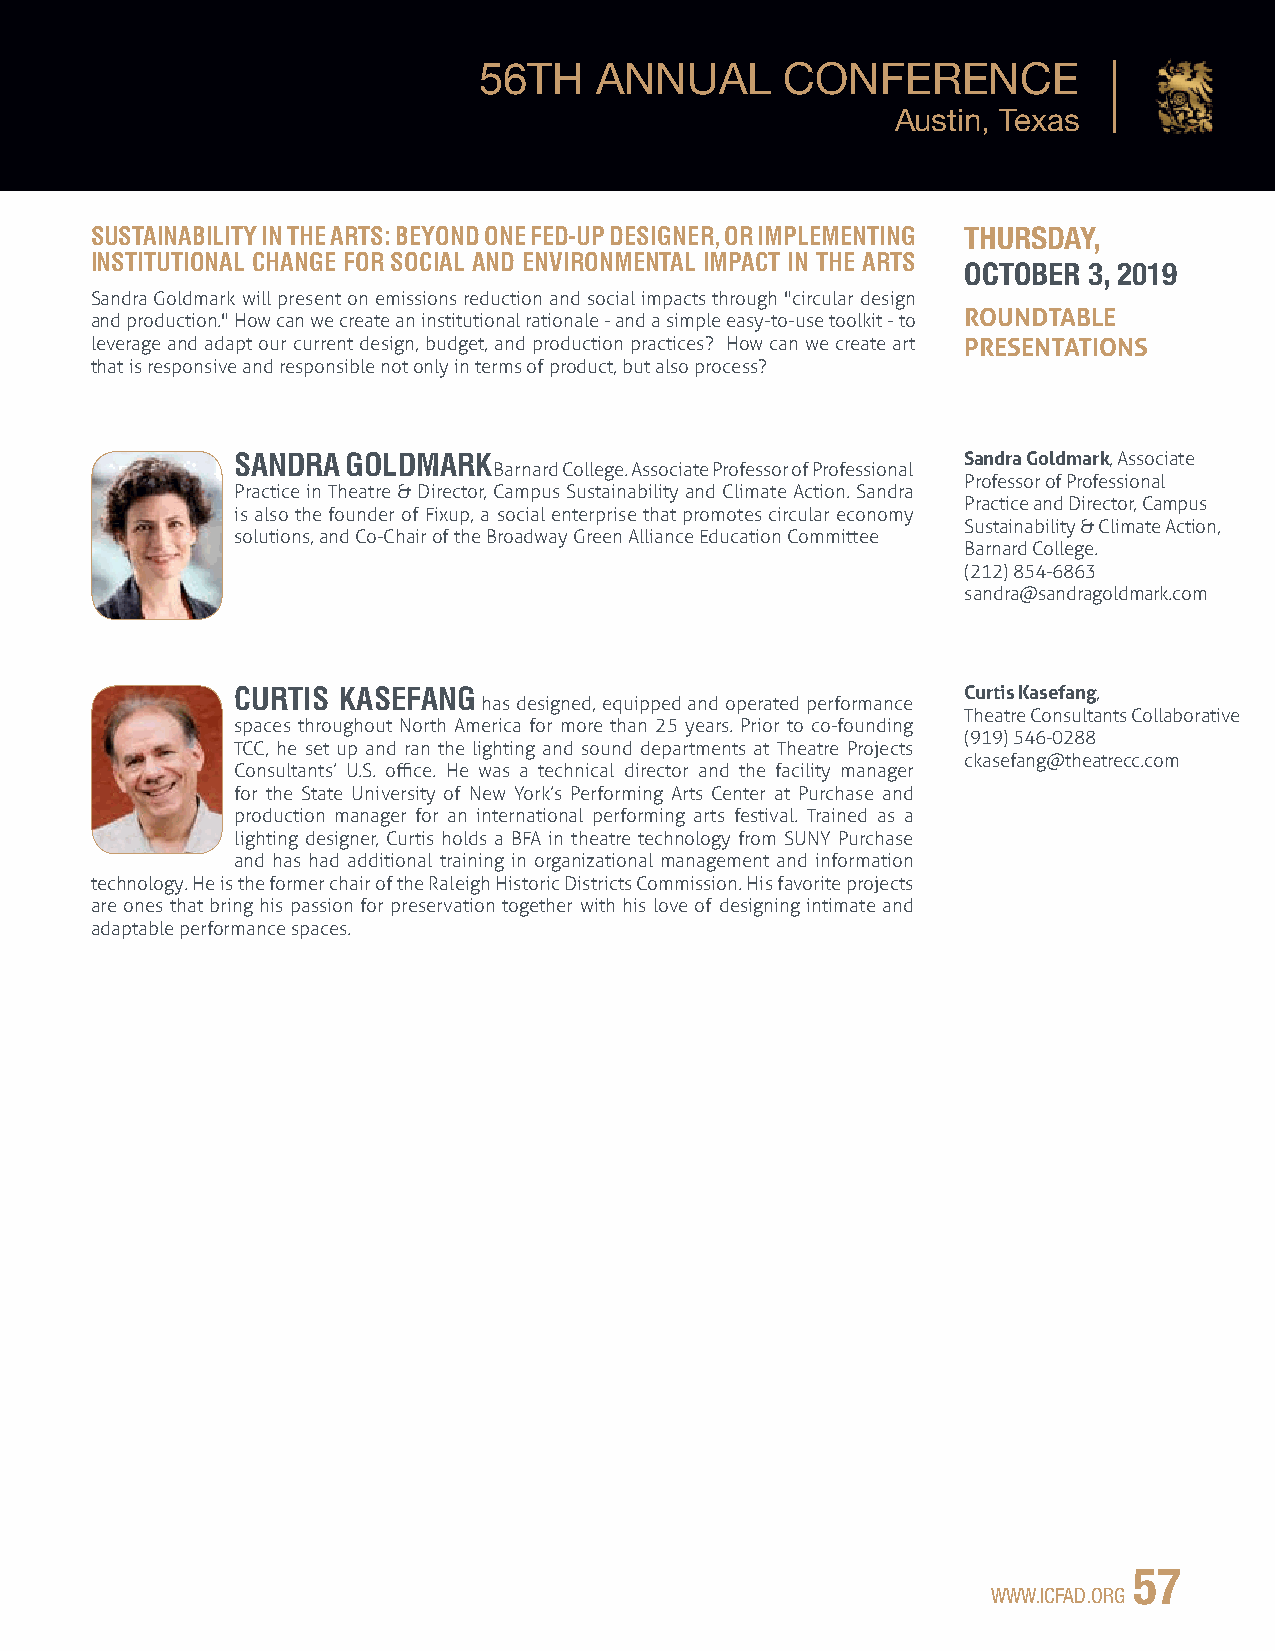
56TH   ANNUAL       CONFERENCE
 Austin, Texas
 SUSTAINABILITY IN THE ARTS: BEYOND ONE FED-UP DESIGNER, OR IMPLEMENTING THURSDAY,
 INSTITUTIONAL CHANGE FOR SOCIAL AND ENVIRONMENTAL IMPACT IN THE ARTS
 OCTOBER 3, 2019
 Sandra Goldmark will present on emissions reduction and social impacts through "circular design
 ROUNDTABLE
 and production." How can we create an institutional rationale - and a simple easy-to-use toolkit - to
 leverage and adapt our current design, budget, and production practices? How can we create art PRESENTATIONS
 that is responsive and responsible not only in terms of product, but also process?
 SANDRA GOLDMARK                                 Sandra Goldmark, Associate
 Barnard College. Associate Professor of Professional
 Professor of Professional
 Practice in Theatre & Director, Campus Sustainability and Climate Action. Sandra
 Practice and Director, Campus
 is also the founder of Fixup, a social enterprise that promotes circular economy
 Sustainability & Climate Action,
 solutions, and Co-Chair of the Broadway Green Alliance Education Committee
 Barnard College.
 (212) 854-6863
 sandra@sandragoldmark.com
 CURTIS KASEFANG                                 Curtis Kasefang,
 has designed, equipped and operated performance
 Theatre Consultants Collaborative
 spaces throughout North America for more than 25 years. Prior to co-founding
 (919) 546-0288
 TCC, he set up and ran the lighting and sound departments at Theatre Projects
 ckasefang@theatrecc.com
 Consultants’ U.S. office. He was a technical director and the facility manager
 for the State University of New York’s Performing Arts Center at Purchase and
 production manager for an international performing arts festival. Trained as a
 lighting designer, Curtis holds a BFA in theatre technology from SUNY Purchase
 and has had additional training in organizational management and information
 technology. He is the former chair of the Raleigh Historic Districts Commission. His favorite projects
 are ones that bring his passion for preservation together with his love of designing intimate and
 adaptable performance spaces.
 57
 WWW.ICFAD.ORG